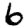
Digit: 6